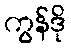
ကွန်ဒို